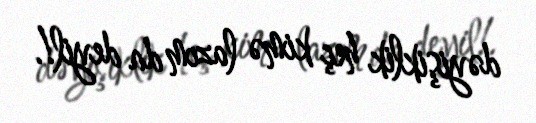
dəyişiklik heç kimə lazım da deyil!.